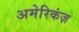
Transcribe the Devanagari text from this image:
अमेरिकंज़